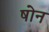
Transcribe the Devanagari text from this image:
षोन